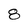
Character: 8